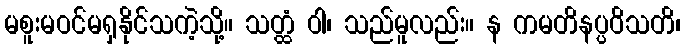
မစူးမဝင်မရှနိုင်သကဲ့သို့။ သတ္ထံ ဝါ၊ သည်မူလည်း။ န ကမတိနပ္ပဝိသတိ၊